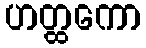
ဟတ္ထကော